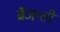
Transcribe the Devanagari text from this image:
बैजन्ती